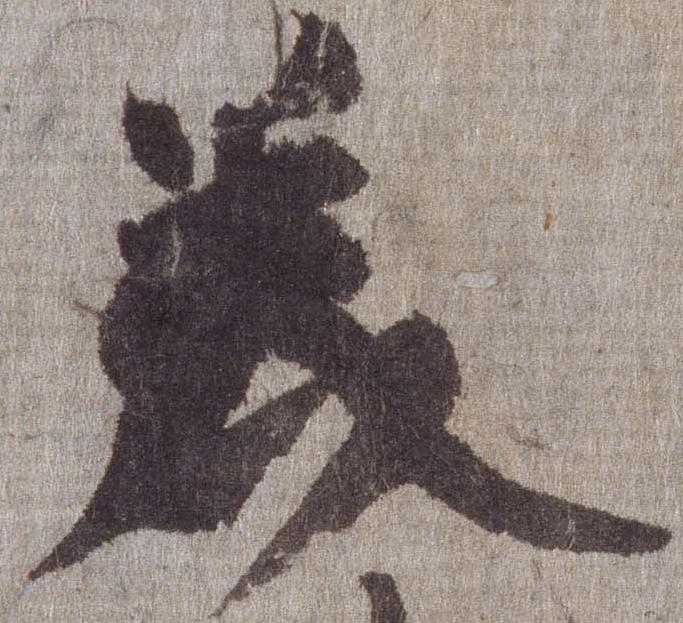
美